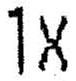
1X